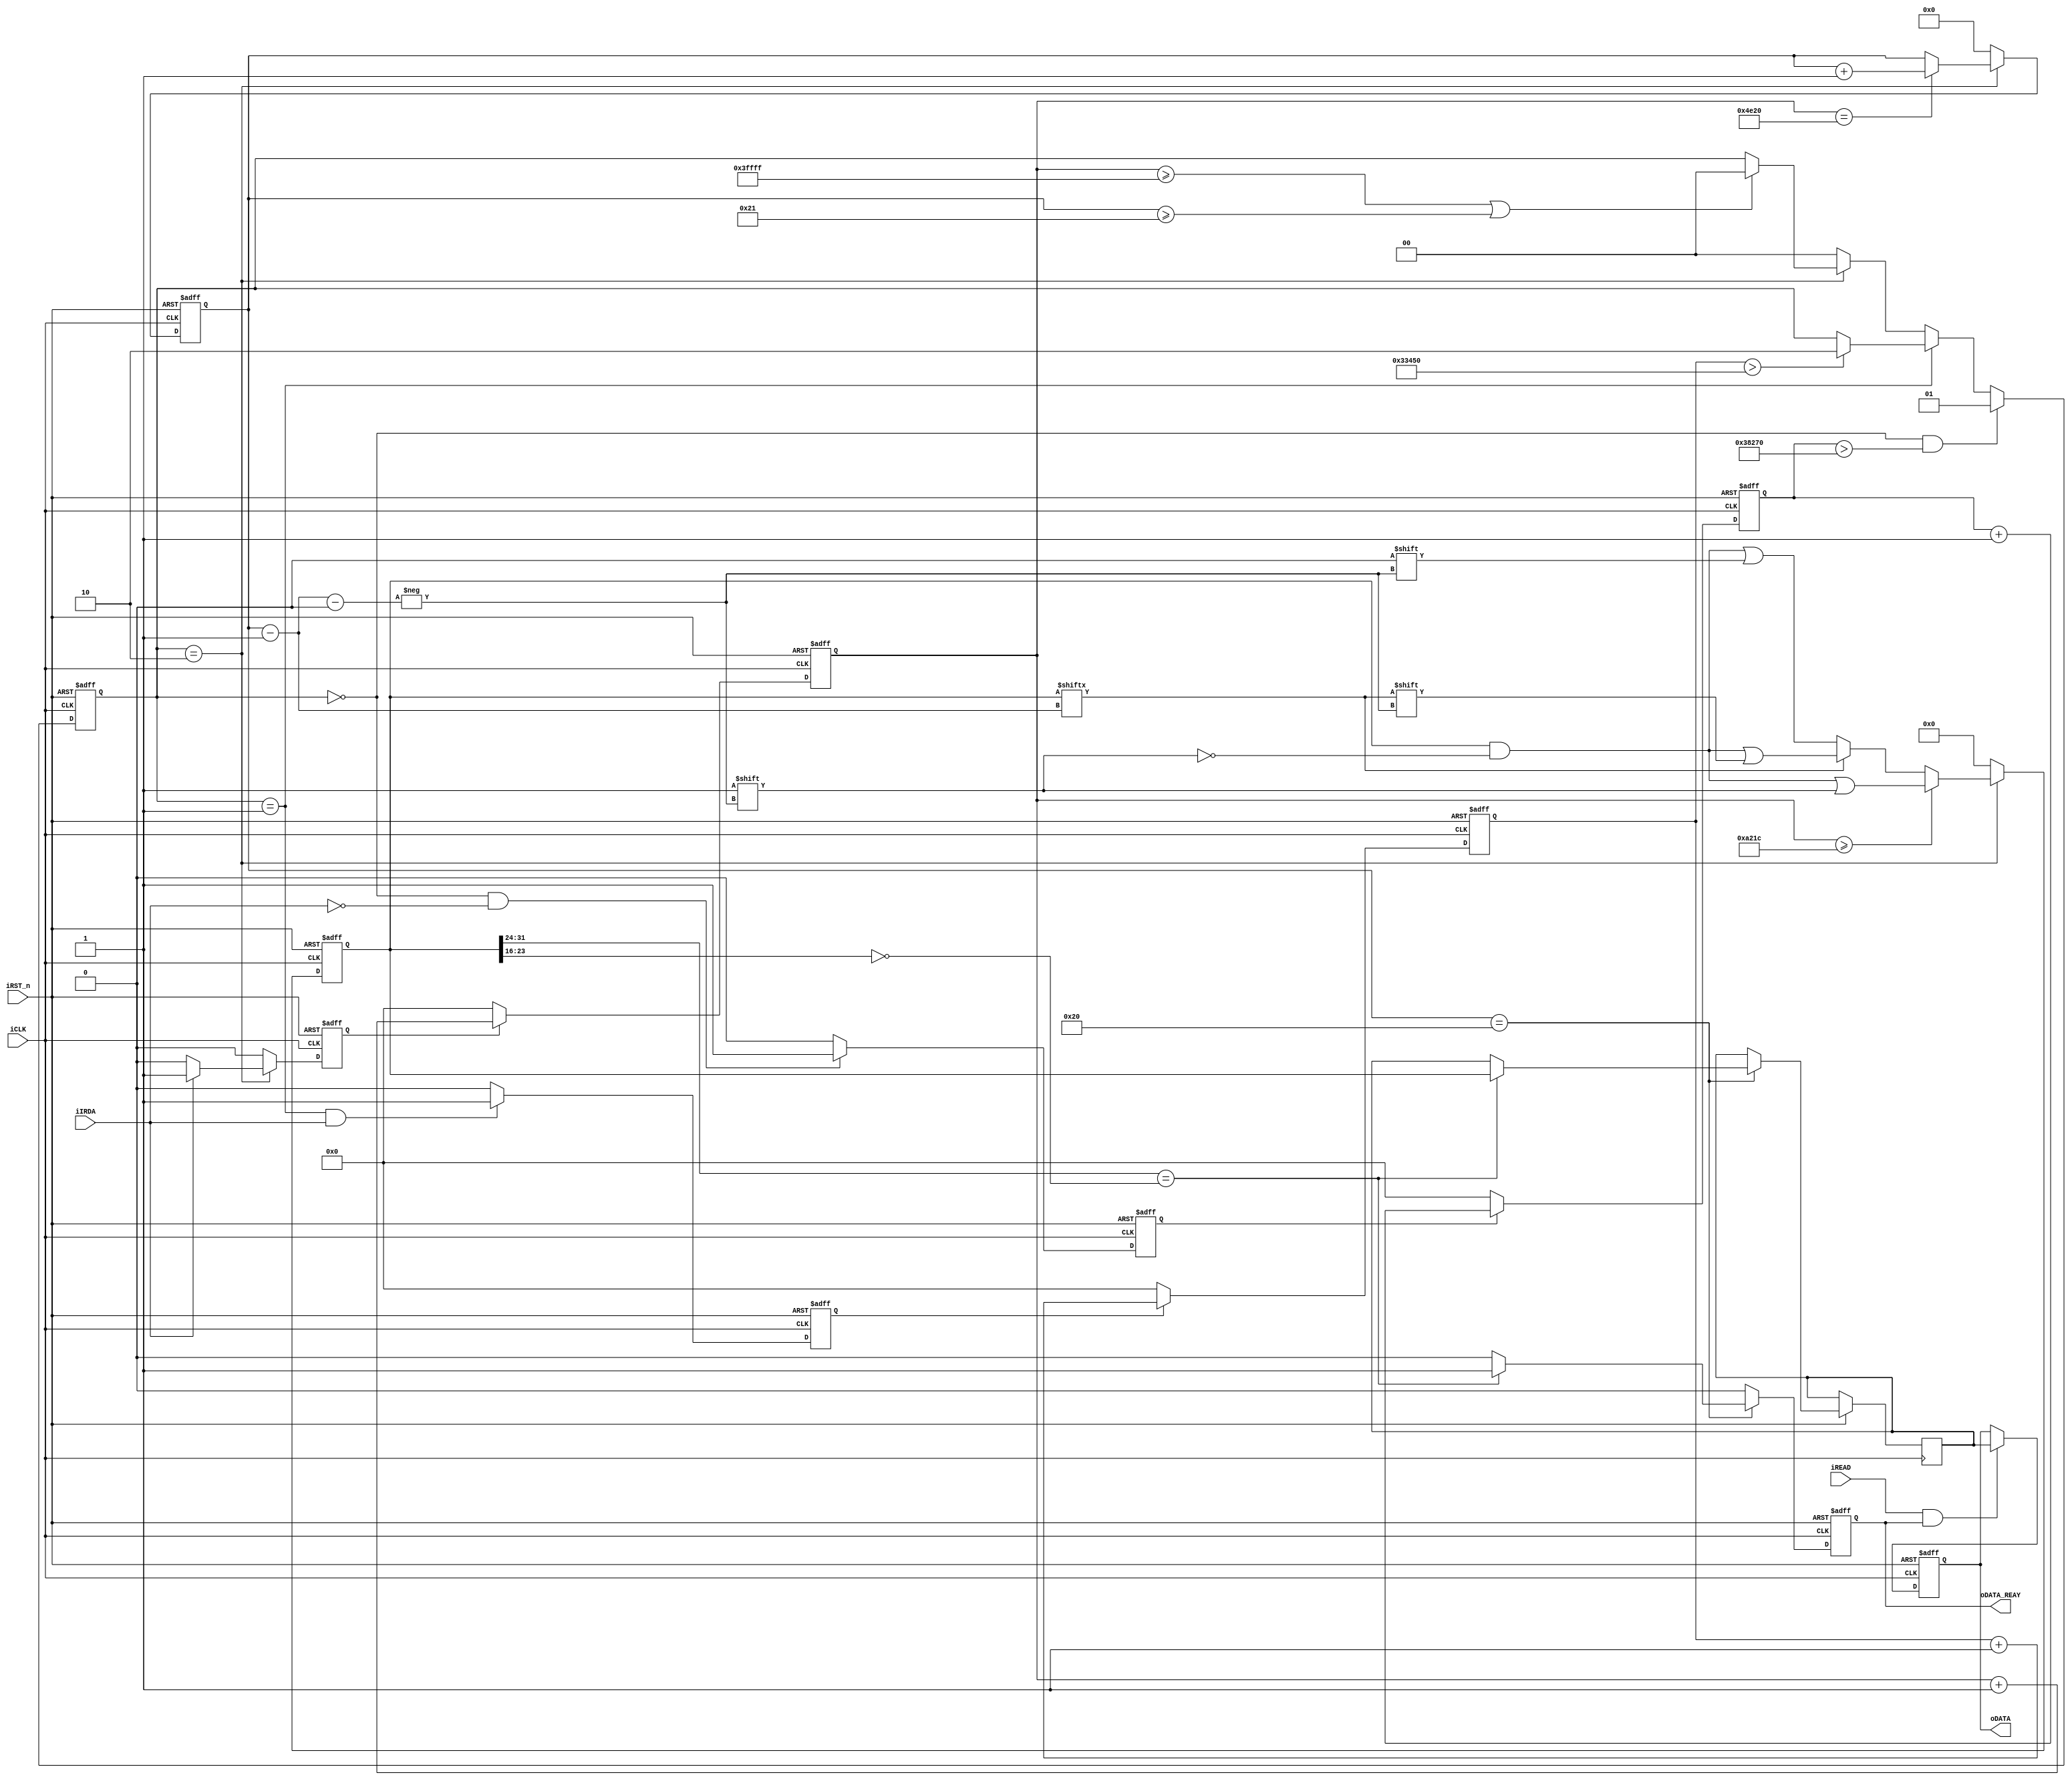
module IRDA_RECEIVE_Terasic(
					iCLK,         
					iRST_n,       
					iIRDA,        
					iREAD,        
					oDATA_REAY,	  
					oDATA         
					);
parameter IDLE = 2'b00;           
parameter GUIDANCE = 2'b01;       
parameter DATAREAD = 2'b10;       
parameter IDLE_HIGH_DUR      =  262143;  
parameter GUIDE_LOW_DUR      =  230000;  
parameter GUIDE_HIGH_DUR     =  210000;  
parameter DATA_HIGH_DUR      =  41500;	 
parameter BIT_AVAILABLE_DUR  = 20000;    
input iCLK;    
input iRST_n;  
input iIRDA;   
input iREAD;   
output  oDATA_REAY;  
output [31:0] oDATA; 
reg DATA_REAY;             
reg [17:0] idle_count;     
reg idle_count_flag;       
reg [17:0] state_count;    
reg state_count_flag;      
reg [17:0] data_count;     
reg data_count_flag;       
reg [5:0] bitcount;        
reg [1:0] state;           
reg [31:0] DATA;           
reg [31:0] DATA_BUF;       
reg [31:0] oDATA;          
initial
	begin 
		state =  IDLE;     
		DATA_REAY = 1'b0;  
		bitcount = 0;      
		DATA = 0;          
		DATA_BUF = 0;      
		state_count = 0;   
		data_count = 0;    
		idle_count = 0;    
	end
assign oDATA_REAY = DATA_REAY;
always @(negedge iRST_n or  posedge iCLK )	
   begin
	  if(!iRST_n)
		 idle_count <= 0;   
	  else		 
		 begin
		    if( idle_count_flag )    
				idle_count <= idle_count + 1'b1;
			else  
				idle_count <= 0;	  
		 end
   end
always @( negedge iRST_n  or  posedge iCLK)	
   begin
	  if( !iRST_n )
		 idle_count_flag <= 1'b0;   
	   else
	     begin
			   if((state == IDLE) &&(!iIRDA))       
					idle_count_flag <= 1'b1;        
				else                                
					idle_count_flag <= 1'b0;		
		 end	  
   end  
always @(negedge iRST_n or  posedge iCLK )	
   begin
	  if(!iRST_n)
		 state_count <= 0;   
	  else		 
		 begin
		    if( state_count_flag )    
				state_count <= state_count + 1'b1;
			else  
				state_count <= 0;	  
		 end
   end	
always @( negedge iRST_n  or  posedge iCLK)	
   begin
	  if( !iRST_n )
		 state_count_flag <= 1'b0; 
	   else
	     begin
			   if((state == GUIDANCE) &&(iIRDA))     
					state_count_flag <= 1'b1;       
				else   
					state_count_flag <= 1'b0;		
		 end	  
   end  
always @(negedge iRST_n or posedge iCLK ) 
   begin
	   if(!iRST_n)	     
	      state <= IDLE;    
	   else 
	      begin
				if( (state == IDLE) &&(idle_count > GUIDE_LOW_DUR))  
				   state <= GUIDANCE;           
				else if ( state == GUIDANCE )      
				       begin 
				         if( state_count > GUIDE_HIGH_DUR )
				             state <= DATAREAD;
				       end
				     else if(state == DATAREAD)    
				            begin
								if( (data_count >= IDLE_HIGH_DUR ) || (bitcount>= 6'b100001) )
								     state <= IDLE;
	                        end
	                       else
	                          state <= IDLE; 
	      end
   end
always @(negedge iRST_n or  posedge iCLK)	
   begin
	  if(!iRST_n)
		 data_count <= 1'b0;  
	  else
		 begin
		    if(data_count_flag)
				data_count <= data_count + 1'b1;
			else 
				data_count <= 1'b0;  
		 end
   end
always @(negedge iRST_n  or posedge iCLK  )
	begin
	   if(!iRST_n) 
		    data_count_flag <= 0;		       
	   else
	     	begin
			 if(state == DATAREAD)
			   begin
				 if(iIRDA)                 
				     data_count_flag <= 1'b1;  
				 else
				     data_count_flag <= 1'b0;  
			   end
			 else 
			   data_count_flag <= 1'b0;        
	     end
	end	
always @(negedge iRST_n or posedge iCLK )
	begin
	    if( (!iRST_n) )
	        DATA <= 0;      
		else
			begin 
	         if (state == DATAREAD )
			  begin
			     if(data_count >= DATA_HIGH_DUR )
			        DATA[bitcount-1'b1] <= 1'b1; 
				 else					
				    begin
				    if(DATA[bitcount-1'b1]==1)
						DATA[bitcount-1'b1] <= DATA[bitcount-1'b1]; 
					else
					    DATA[bitcount-1'b1] <= 1'b0;
					end
			  end
			 else
			     DATA <= 0;
		   end	
	end	
always @(negedge iRST_n or posedge iCLK )
begin
    if (!iRST_n)
      bitcount <= 1'b0;  
	else
	  begin
	    if(state == DATAREAD)
			begin
				if( data_count == 20000 )
					bitcount <= bitcount + 1'b1; 
			end   
	    else
	       bitcount <= 1'b0;
	  end
end   
always @(negedge iRST_n or posedge iCLK) 
begin
	if(!iRST_n)
	   DATA_REAY <=1'b0 ; 
    else
       begin
		if(bitcount == 6'b100000)   
		    begin
				if( DATA[31:24]== ~DATA[23:16])
				  begin		
					DATA_BUF <= DATA;   
				 	DATA_REAY <= 1'b1;  
				  end	
				else
				    DATA_REAY <=1'b0 ;  
		    end
		else
		    DATA_REAY <=1'b0 ;          
	   end	
end	
always @(negedge iRST_n or posedge iCLK)
begin
	if(!iRST_n)
		oDATA <= 32'b0000; 
	 else
	 begin   
	    if(iREAD && DATA_REAY)
	       oDATA <= DATA_BUF;  
	 end	 
end	
endmodule